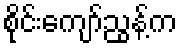
စိုင်းကျော်ညွန့်က